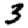
Digit: 3